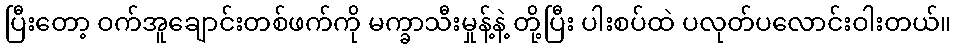
ပြီးတော့ ဝက်အူချောင်းတစ်ဖက်ကို မက္ခာသီးမှုန့်နဲ့ တို့ပြီး ပါးစပ်ထဲ ပလုတ်ပလောင်းဝါးတယ်။